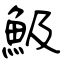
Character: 魥